Annual report on the health of the army in India
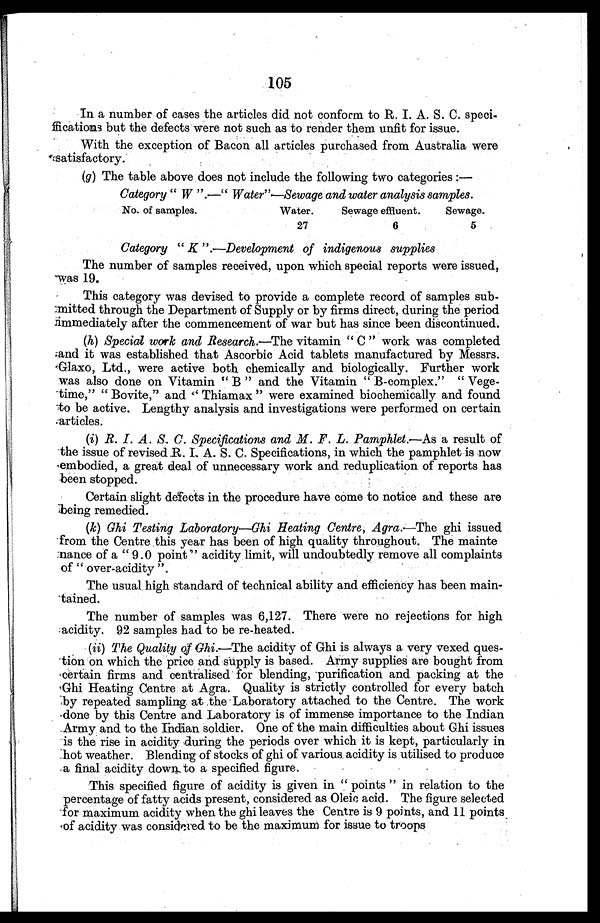
105
In a number of cases the articles did not conform to R. I. A. S. C. speci
-ffications but the defects were not such as to render them unfit for issue.
With the exception of Bacon all articles purchased from Australia were
satisfactory.
(g) The table above does not include the following two categories:
—
Category " W ".—" Water"—Sewage and water analysis samples.
No. of samples.
Water.
Sewage effluent. Sewage.
27
6
5
Category "K".—Development of indigenous supplies
The number of samples received, upon which special reports were issued,
was 19.
This category was devised to provide a complete record of samples sub-
m i t t e d t h r o u g h t h e D e p a r t m e n t o f S u p p l y o r b y f i r m s d i r e c t , d u r i n g t h e p e r i o d
immediately after the commencement of war but has since been discontinued.
(h) Special work and Research .—The vitamin "C" work was completed
and it was established that Ascorbic Acid tablets manufactured by Messrs.
Glaxo, Ltd., were active both chemically and biologically. Further work
was also done on Vitamin "B" and the Vitamin "B-complex." "Vege
-time," "Bovite," and "Thiamax" were examined biochemically and found
to be active. Lengthy analysis and investigations were performed on certain
articles.
(i) R. I. A. S. C. Specifications and M. F. L. Pamphlet. —As a result of
the issue of revised R. I. A. S. C. Specifications, in which the pamphlet is now
embodied, a great deal of unnecessary work and reduplication of reports has
been stopped.
Certain slight defects in the procedure have come to notice and these are
being remedied.
(k) Ghi Testing Laboratory—Ghi Heating Centre, Agra. —The ghi issued
from the Centre this year has been of high quality throughout. The mainte
nance of a "9.0 point" acidity limit, will undoubtedly remove all complaints
of "over-acidity".
The usual high standard of technical ability and efficiency has been main
-tained.
The number of samples was 6,127. There were no rejections for high
acidity. 92 samples had to be re-heated.
(ii) The Quality of Ghi.—The acidity of Ghi is always a very vexed ques
-tion on which the price and supply is based. Army supplies are bought from
certain firms and centralised for blending, purification and packing at the
Ghi Heating Centre at Agra. Quality is strictly controlled for every batch
by repeated sampling at the Laboratory attached to the Centre. The work
done by this Centre and Laboratory is of immense importance to the Indian
Army and to the Indian soldier. One of the main difficulties about Ghi issues
is the rise in acidity during the periods over which it is kept, particularly in
hot weather. Blending of stocks of ghi of various acidity is utilised to produce
a final acidity down to a specified figure.
This specified figure of acidity is given in "points" in relation to the
percentage of fatty acids present, considered as Oleic acid. The figure selected
for maximum acidity when the ghi leaves the Centre is 9 points, and 11 points
of acidity was considered to be the maximum for issue to troops